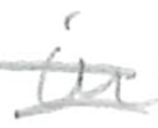
Text: in
Cross-out: double-line
Writing tool: pencil